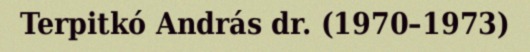
Terpitkó András dr. (1970–1973)